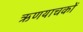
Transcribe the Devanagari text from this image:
ऋणयाचकों